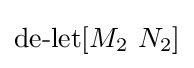
\operatorname {de-let} [M_{2}\ N_{2}]